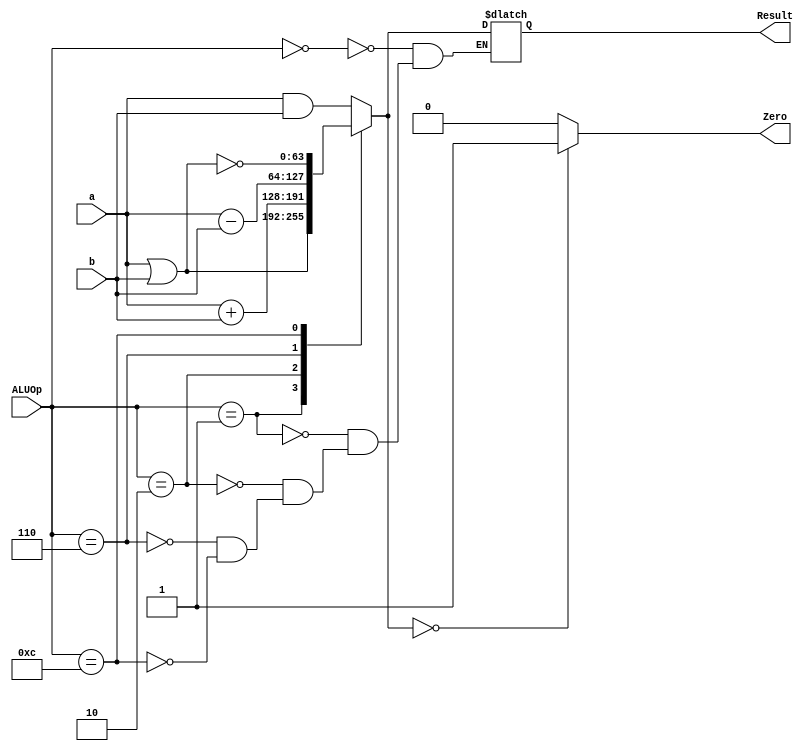
module ALU_64_bit
(
	input [63:0] a,
	input [63:0] b,
	input [3:0] ALUOp,
	output reg [63:0] Result,
	output reg Zero
);
		
always @(*)
begin
	case (ALUOp)
			4'b0000: 
				Result = a & b;
			4'b0001: 
				Result = a | b;
			4'b0010: 
				Result = a + b;
			4'b0110: 
				Result = a - b;
			4'b1100: 
				Result = ~(a | b);

	endcase
if (Result == 64'd0)
	Zero = 1'b1;
else
	Zero = 1'b0;
end



endmodule